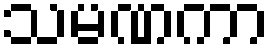
သမဏကာ